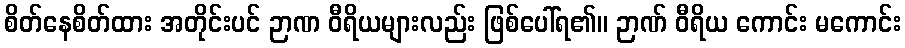
စိတ်နေစိတ်ထား အတိုင်းပင် ဉာဏ ဝီရိယများလည်း ဖြစ်ပေါ်ရ၏။ ဉာဏ် ဝီရိယ ကောင်း မကောင်း